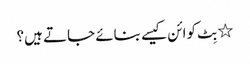
٭ بِٹ کوائن کیسے بنائے جاتے ہیں؟